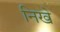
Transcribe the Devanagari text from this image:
निखे